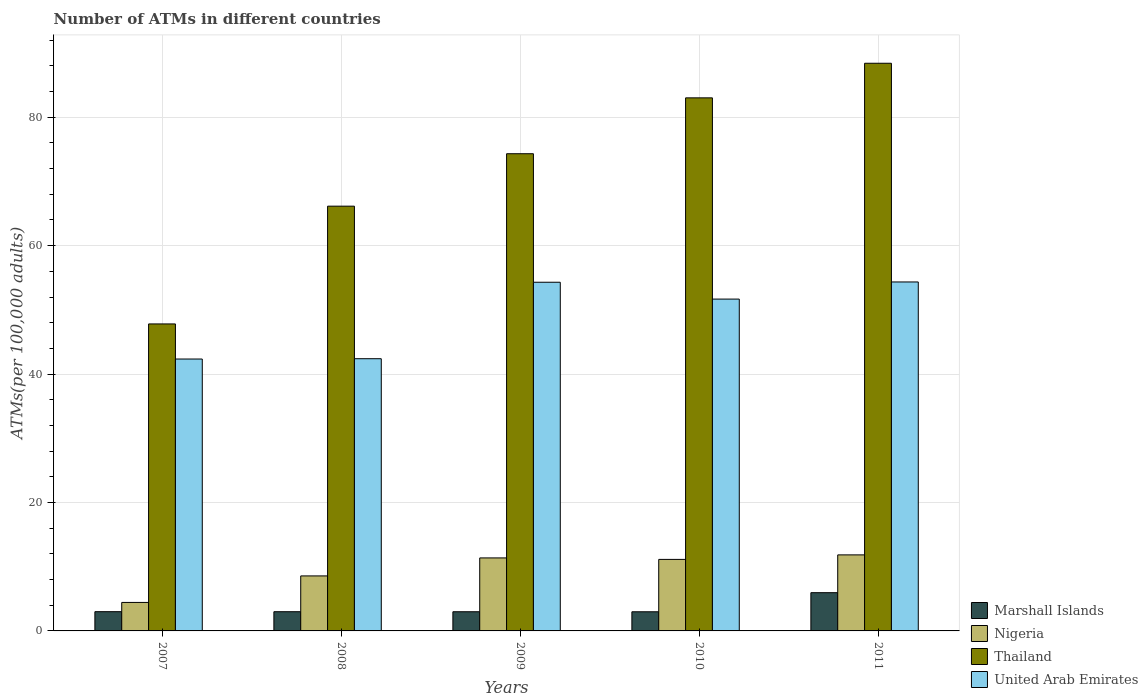
| Years | Marshall Islands | Nigeria | Thailand | United Arab Emirates |
 | --- | --- | --- | --- | --- |
 | 2007 | 3 | 4.44 | 47.8 | 42.3 |
 | 2008 | 2.99 | 8.57 | 66.2 | 42.4 |
 | 2009 | 2.99 | 11.4 | 74.3 | 54.3 |
 | 2010 | 2.98 | 11.1 | 83 | 51.7 |
 | 2011 | 5.95 | 11.8 | 88.4 | 54.3 |